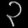
Digit: ၃